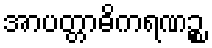
အာပတ္တာဓိကရဏဉ္စ